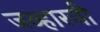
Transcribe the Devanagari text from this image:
जव्हारची